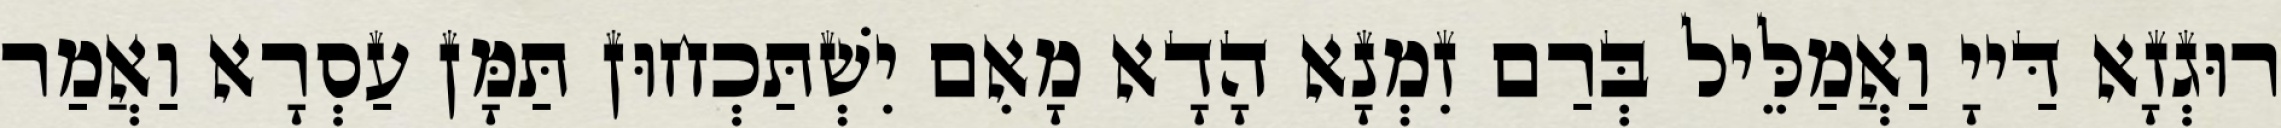
רוּגְזָא דַּייָ וַאֲמַלֵּיל בְּרַם זִמְנָא הָדָא מָאִם יִשְׁתַּכְחוּן תַּמָּן עַסְרָא וַאֲמַר